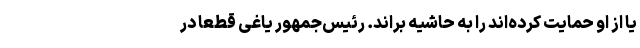
یا از او حمایت کرده‌اند را به حاشیه براند. رئیس‌جمهور یاغی قطعا در